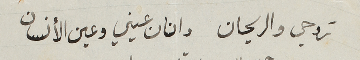
روحي والريحان وانان عيني وعين الأنسان